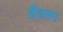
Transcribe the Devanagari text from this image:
ग्रैंडसन